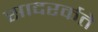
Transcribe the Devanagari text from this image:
सादरर्कते